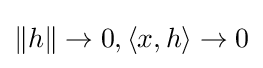
\|h\|\to 0,\langle x,h\rangle \to 0